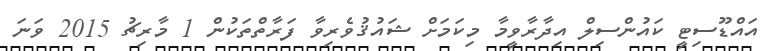
އައްޑޫސިޓީ ކައުންސިލް އިދާރާވީމާ މިކަމަށް ޝައުޤުވެރިވާ ފަރާތްތަކުން 1 މާރިޗު 2015 ވަނަ